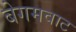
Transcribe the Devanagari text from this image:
बेगमवाट